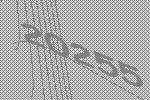
20255